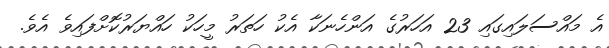
އެ މައްސަލައިގައި 23 އަހަރުގެ އަންހެނަކާ އެކު ހަތަރު މީހަކު ހައްޔަރުކޮށްފައިވެ އެވެ.